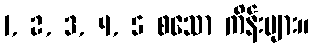
1, 2, 3, 4, 5 စသော ကိန်းများ။